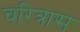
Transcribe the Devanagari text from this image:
चरित्रास